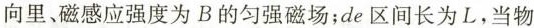
向里、磁感应强度为B的匀强磁场；de区间长为L，当物